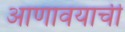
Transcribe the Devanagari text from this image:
आणावयाची